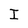
Character: I